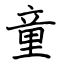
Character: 童